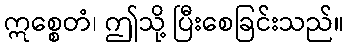
ဣစ္စေတံ၊ ဤသို့ ပြီးစေခြင်းသည်။